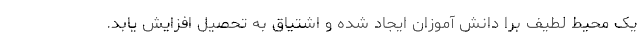
یک محیط لطیف برا دانش آموزان ایجاد شده و اشتیاق به تحصیل افزایش یابد.